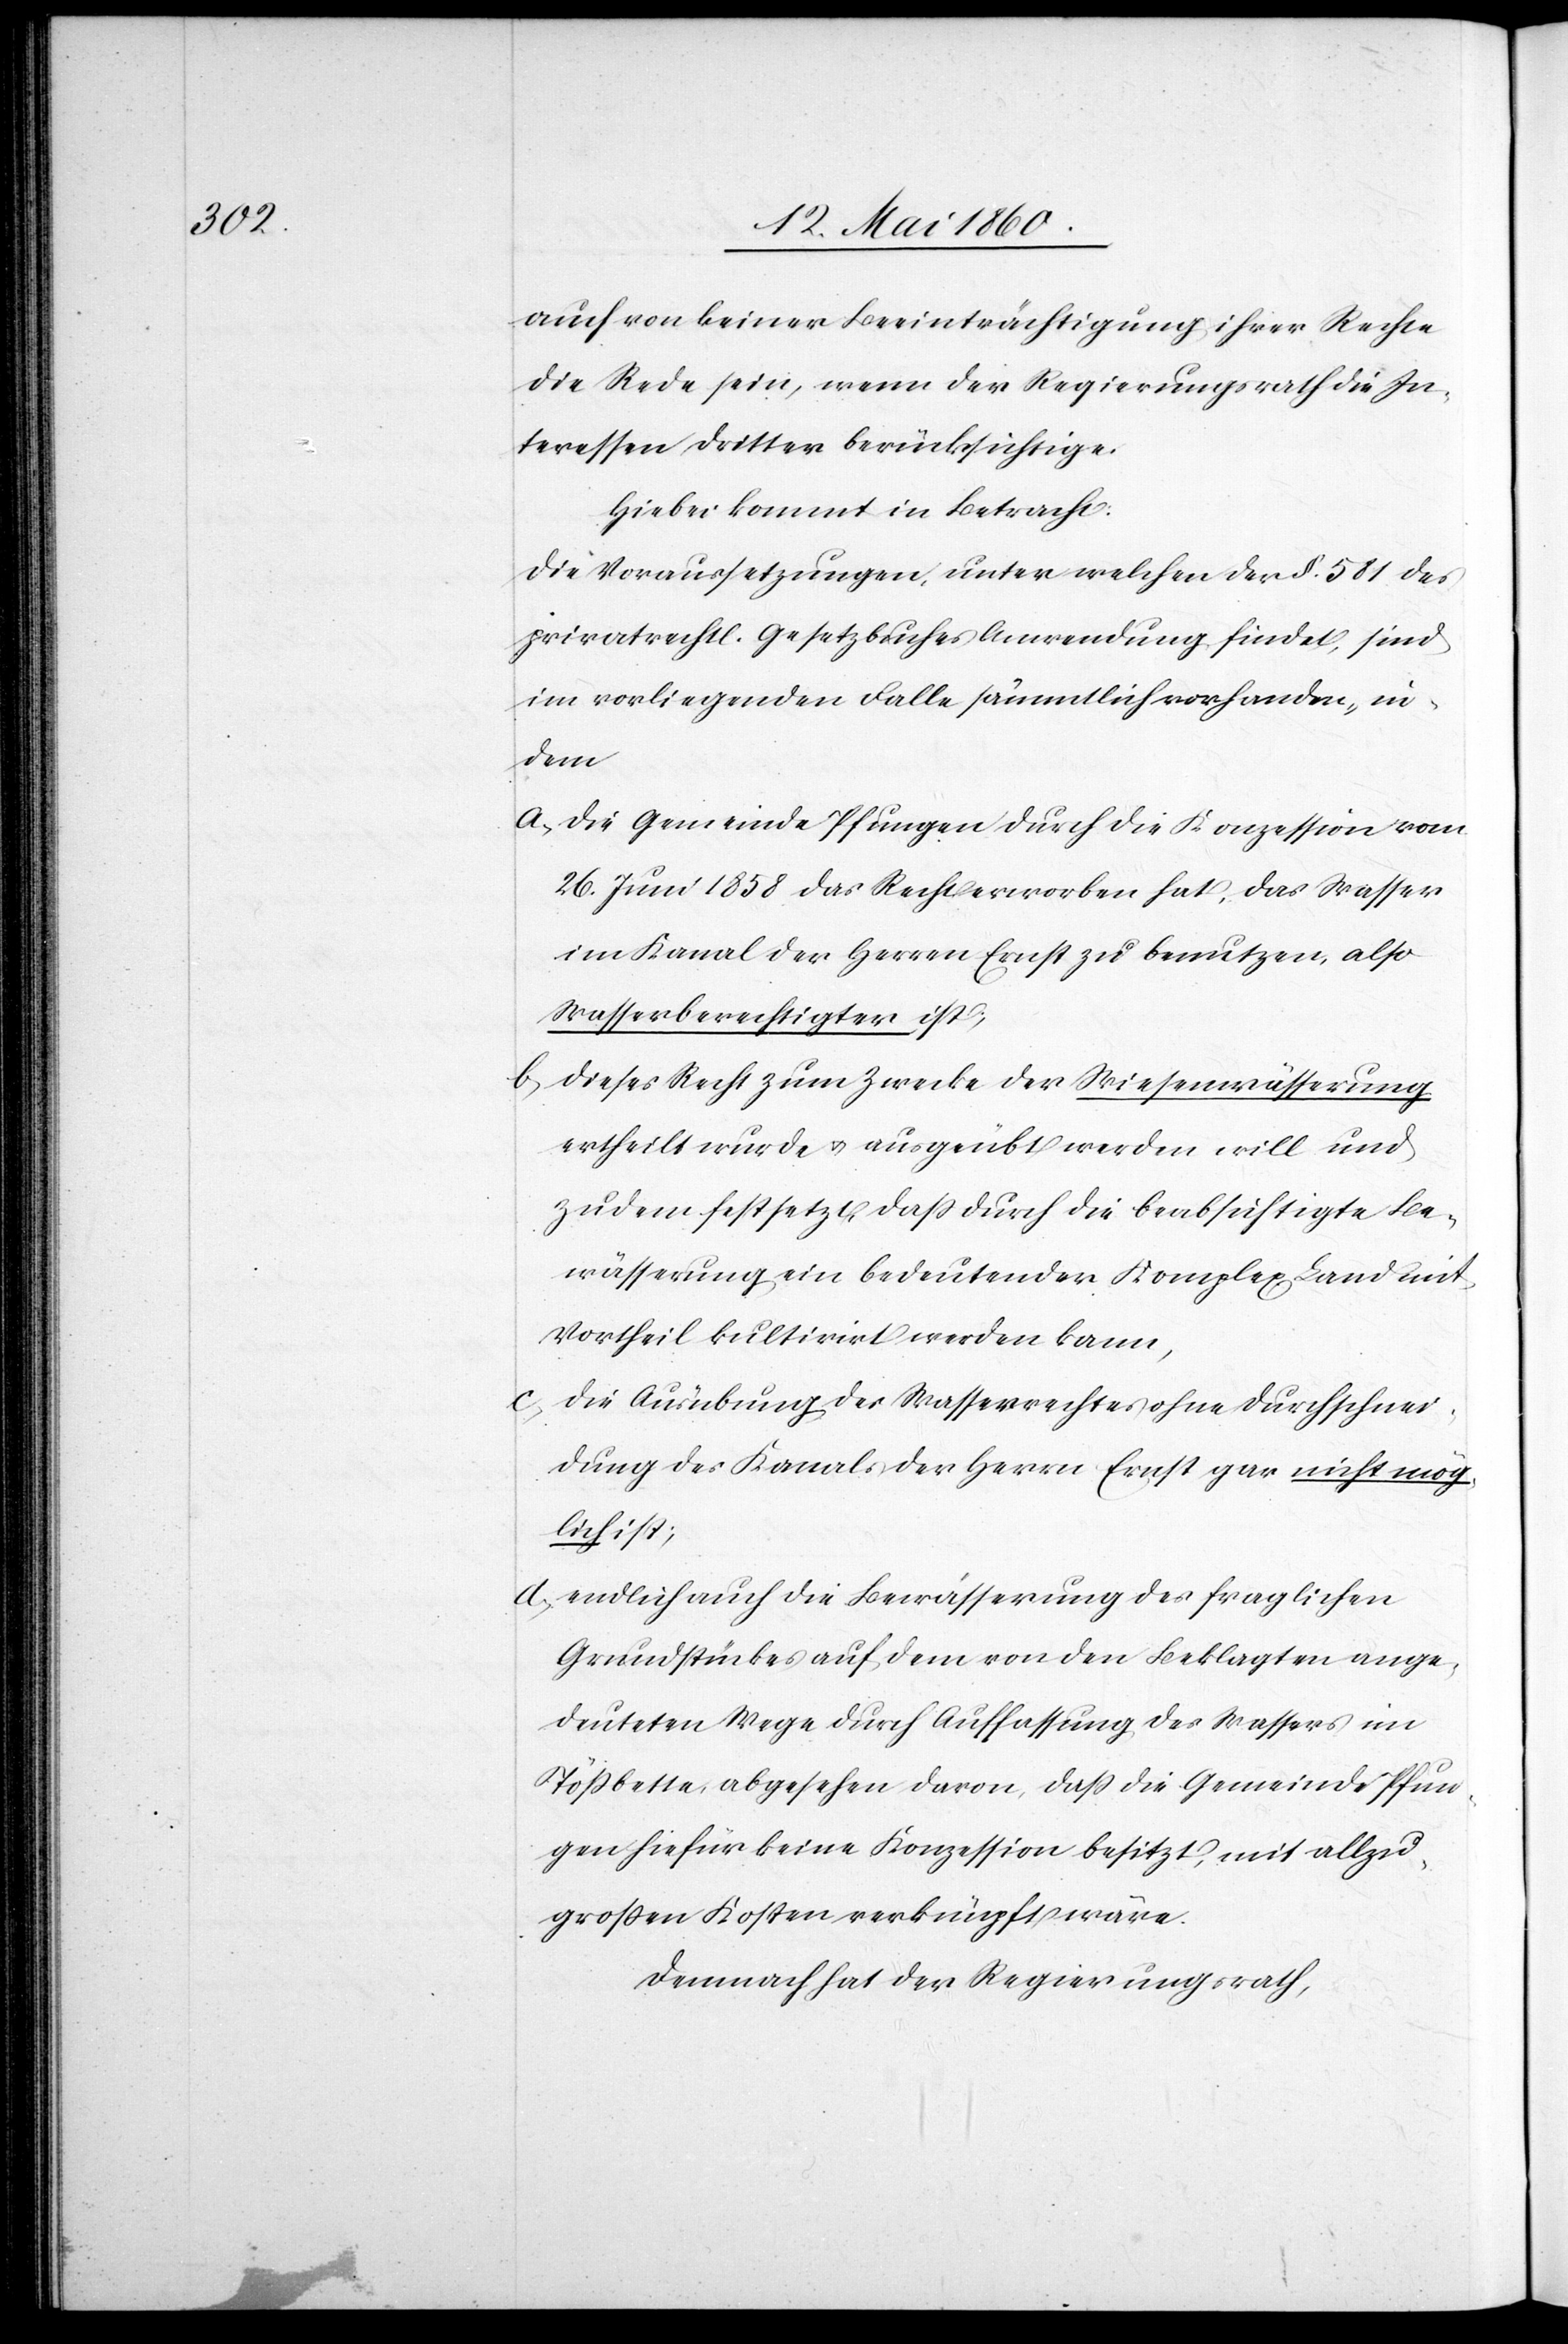
auch von keiner Beeinträchtigung ihrer Rechte
die Rede sein, wenn der Regierungsrath die In¬
teressen dritter berücksichtige.
Hiebei kommt in Betracht:
Die Voraussetzungen, unter welchen der §. 581 des
privatrechtl. Gesetzbuches Anwendung findet, sind
im vorliegenden Falle sämmtlich vorhanden, in¬
dem
a. Die Gemeinde Pfungen durch die Konzession vom
26. Juni 1858 das Recht erworben hat, das Wasser
im Kanal der Herren Ernst zu benutzen, also
Wasserberechtigter ist;
b. Dieses Recht zum Zwecke der Wiesenwässerung
ertheilt wurde u. ausgeübt werden will und
zu dem festsetzt, dass durch die beabsichtigte Be¬
wässerung ein bedeutender Komplex Land mit
Vortheil kultivirt werden kann,
c. Die Ausübung des Wasserrechtes ohne Durchschnei¬
dung des Kanals der Herrn Ernst gar nicht mög¬
lich ist;
d. endlich auch die Bewässerung des fraglichen
Grundstückes auf dem von den Beklagten ange¬
deuteten Wege durch Auffassung des Wassers im
Tössbette, abgesehen davon, dass die Gemeinde Pfun¬
gen hiefür keine Konzession besitzt, mit allzu
grossen Kosten verknüpft wäre.
Demnach hat der Regierungsrath,